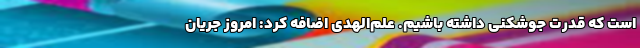
است که قدرت جوشکنی داشته باشیم. علم‌الهدی اضافه کرد: امروز جریان